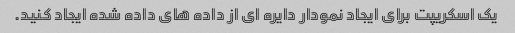
یک اسکریپت برای ایجاد نمودار دایره ای از داده های داده شده ایجاد کنید.